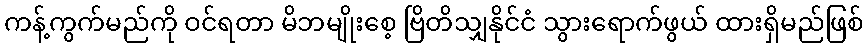
ကန့်ကွက်မည်ကို ဝင်ရတာ မိဘမျိုးစေ့ ဗြိတိသျှနိုင်ငံ သွားရောက်ဖွယ် ထားရှိမည်ဖြစ်